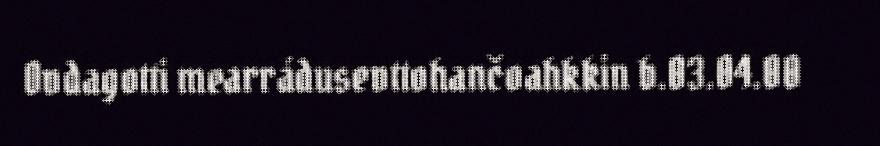
Ovdagotti mearrádusevttohančoahkkin b.03.04.00